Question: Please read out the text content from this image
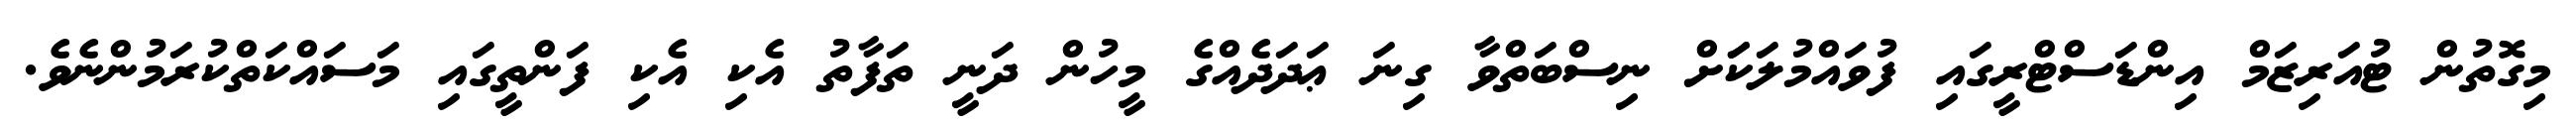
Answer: މިގޮތުން ޓުއަރިޒަމް އިންޑަސްޓްރީގައި ފުވައްމުލަކަަށް ނިސްބަތްވާ ގިނަ ޢަދަދެއްގެ މީހުން ދަނީ ތަފާތު އެކި އެކި ފަންތީގައި މަސައްކަތްކުރަމުންނެވެ.